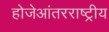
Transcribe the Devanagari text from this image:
होजेआंतरराष्ट्रीय